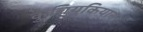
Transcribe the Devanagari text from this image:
कुचियुकियान